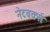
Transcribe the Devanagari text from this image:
नेटवर्क्‍स